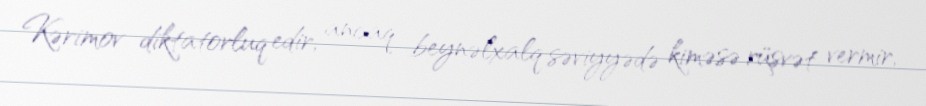
Kərimov diktatorluq edir, ancaq beynəlxalq səviyyədə kiməsə rüşvət vermir,